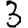
Digit: 3